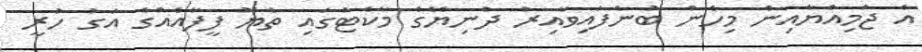
އެ ޖަމިއްޔާއިން މިހެން ބުނެފައިވާއިރު ދުނިޔޭގެ މާކެޓުގައި ތެޔޮ ފީފާއެއްގެ އަގު ހުރީ